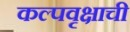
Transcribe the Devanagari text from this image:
कल्पवृक्षाची